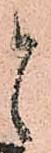
と